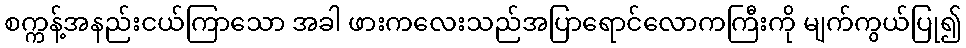
စက္ကန့်အနည်းငယ်ကြာသော အခါ ဖားကလေးသည်အပြာရောင်လောကကြီးကို မျက်ကွယ်ပြု၍